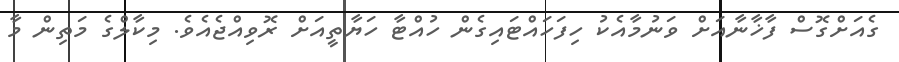
ގެއަށްގޮސް ފާޚާނާއަށް ވަނުމާއެކު ހިފަހައްޓައިގެން ހުއްޓާ ހަޔާތީއަށް ރޮވިއްޖެއެވެ. މިކާލްގެ މަތިން މާ